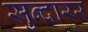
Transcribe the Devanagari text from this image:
सुन्दारर